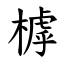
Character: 㯉